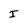
Character: I